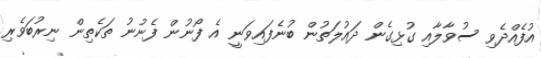
އުފެއްދެވި ސުވާލާއި ގުޅިގެން ދައުލަތުން ބުނެފައިވަނީ އެ ފޯނުން ފެނުނު ތަކެތިން ނިރުބަވެރި